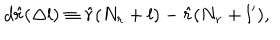
LaTeX: d \hat { r } ( \Delta l ) \equiv \hat { r } ( N _ { r } + l ) - \hat { r } ( N _ { r } + l ^ { \prime } ) ,